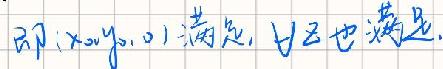
即:$(x_{0},y_{0},0)$满足, 且z也满足.